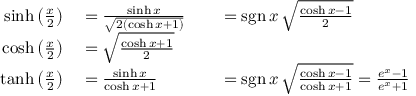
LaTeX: \begin{array} { r l r l } { \sinh \left( { \frac { x } { 2 } } \right) } & { { } = { \frac { \sinh x } { \sqrt { 2 ( \cosh x + 1 ) } } } } & { } & { { } = \operatorname { s g n } x \, { \sqrt { \frac { \cosh x - 1 } { 2 } } } } \\ { \cosh \left( { \frac { x } { 2 } } \right) } & { { } = { \sqrt { \frac { \cosh x + 1 } { 2 } } } } \\ { \operatorname { t a n h } \left( { \frac { x } { 2 } } \right) } & { { } = { \frac { \sinh x } { \cosh x + 1 } } } & { } & { { } = \operatorname { s g n } x \, { \sqrt { \frac { \cosh x - 1 } { \cosh x + 1 } } } = { \frac { e ^ { x } - 1 } { e ^ { x } + 1 } } } \end{array}